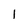
Character: 1